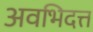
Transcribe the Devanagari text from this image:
अवभिदत्त